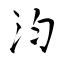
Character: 汮